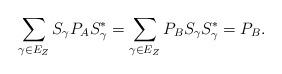
LaTeX: \begin{align*} \sum_{\gamma\in E_Z} S_\gamma P_A S_\gamma^* =\sum_{\gamma\in E_Z} P_B S_\gamma S_\gamma^* = P_B.\end{align*}